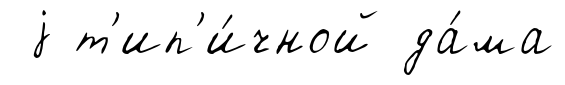
j т'ип'и́чной да́ма